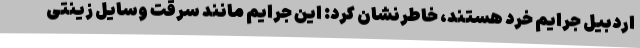
اردبیل جرایم خرد هستند، خاطرنشان کرد: این جرایم مانند سرقت وسایل زینتی